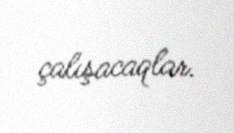
çalışacaqlar.